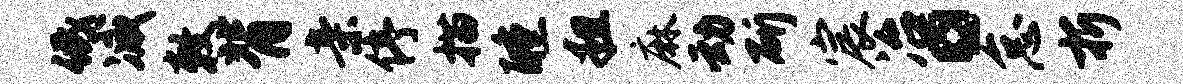
低减敕背亲停描醺粗麻动斫宸冶。怠折